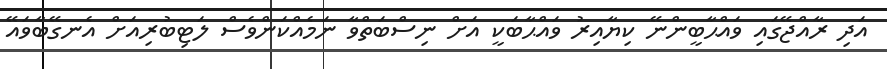
އަދި ރާއްޖޭގައި ވައްޙާބީންނޭ ކިޔާއިރު ވައްޙާބަކީ އަށް ނިސްބަތްވާ ނަމެއްކަންވެސް ލަޓިބުރިއަށް އެނގޭބާވައޭ